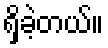
ရှိခဲ့တယ်။